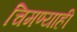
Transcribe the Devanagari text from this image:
चिमण्याही